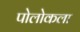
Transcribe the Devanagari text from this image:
पोलोकला